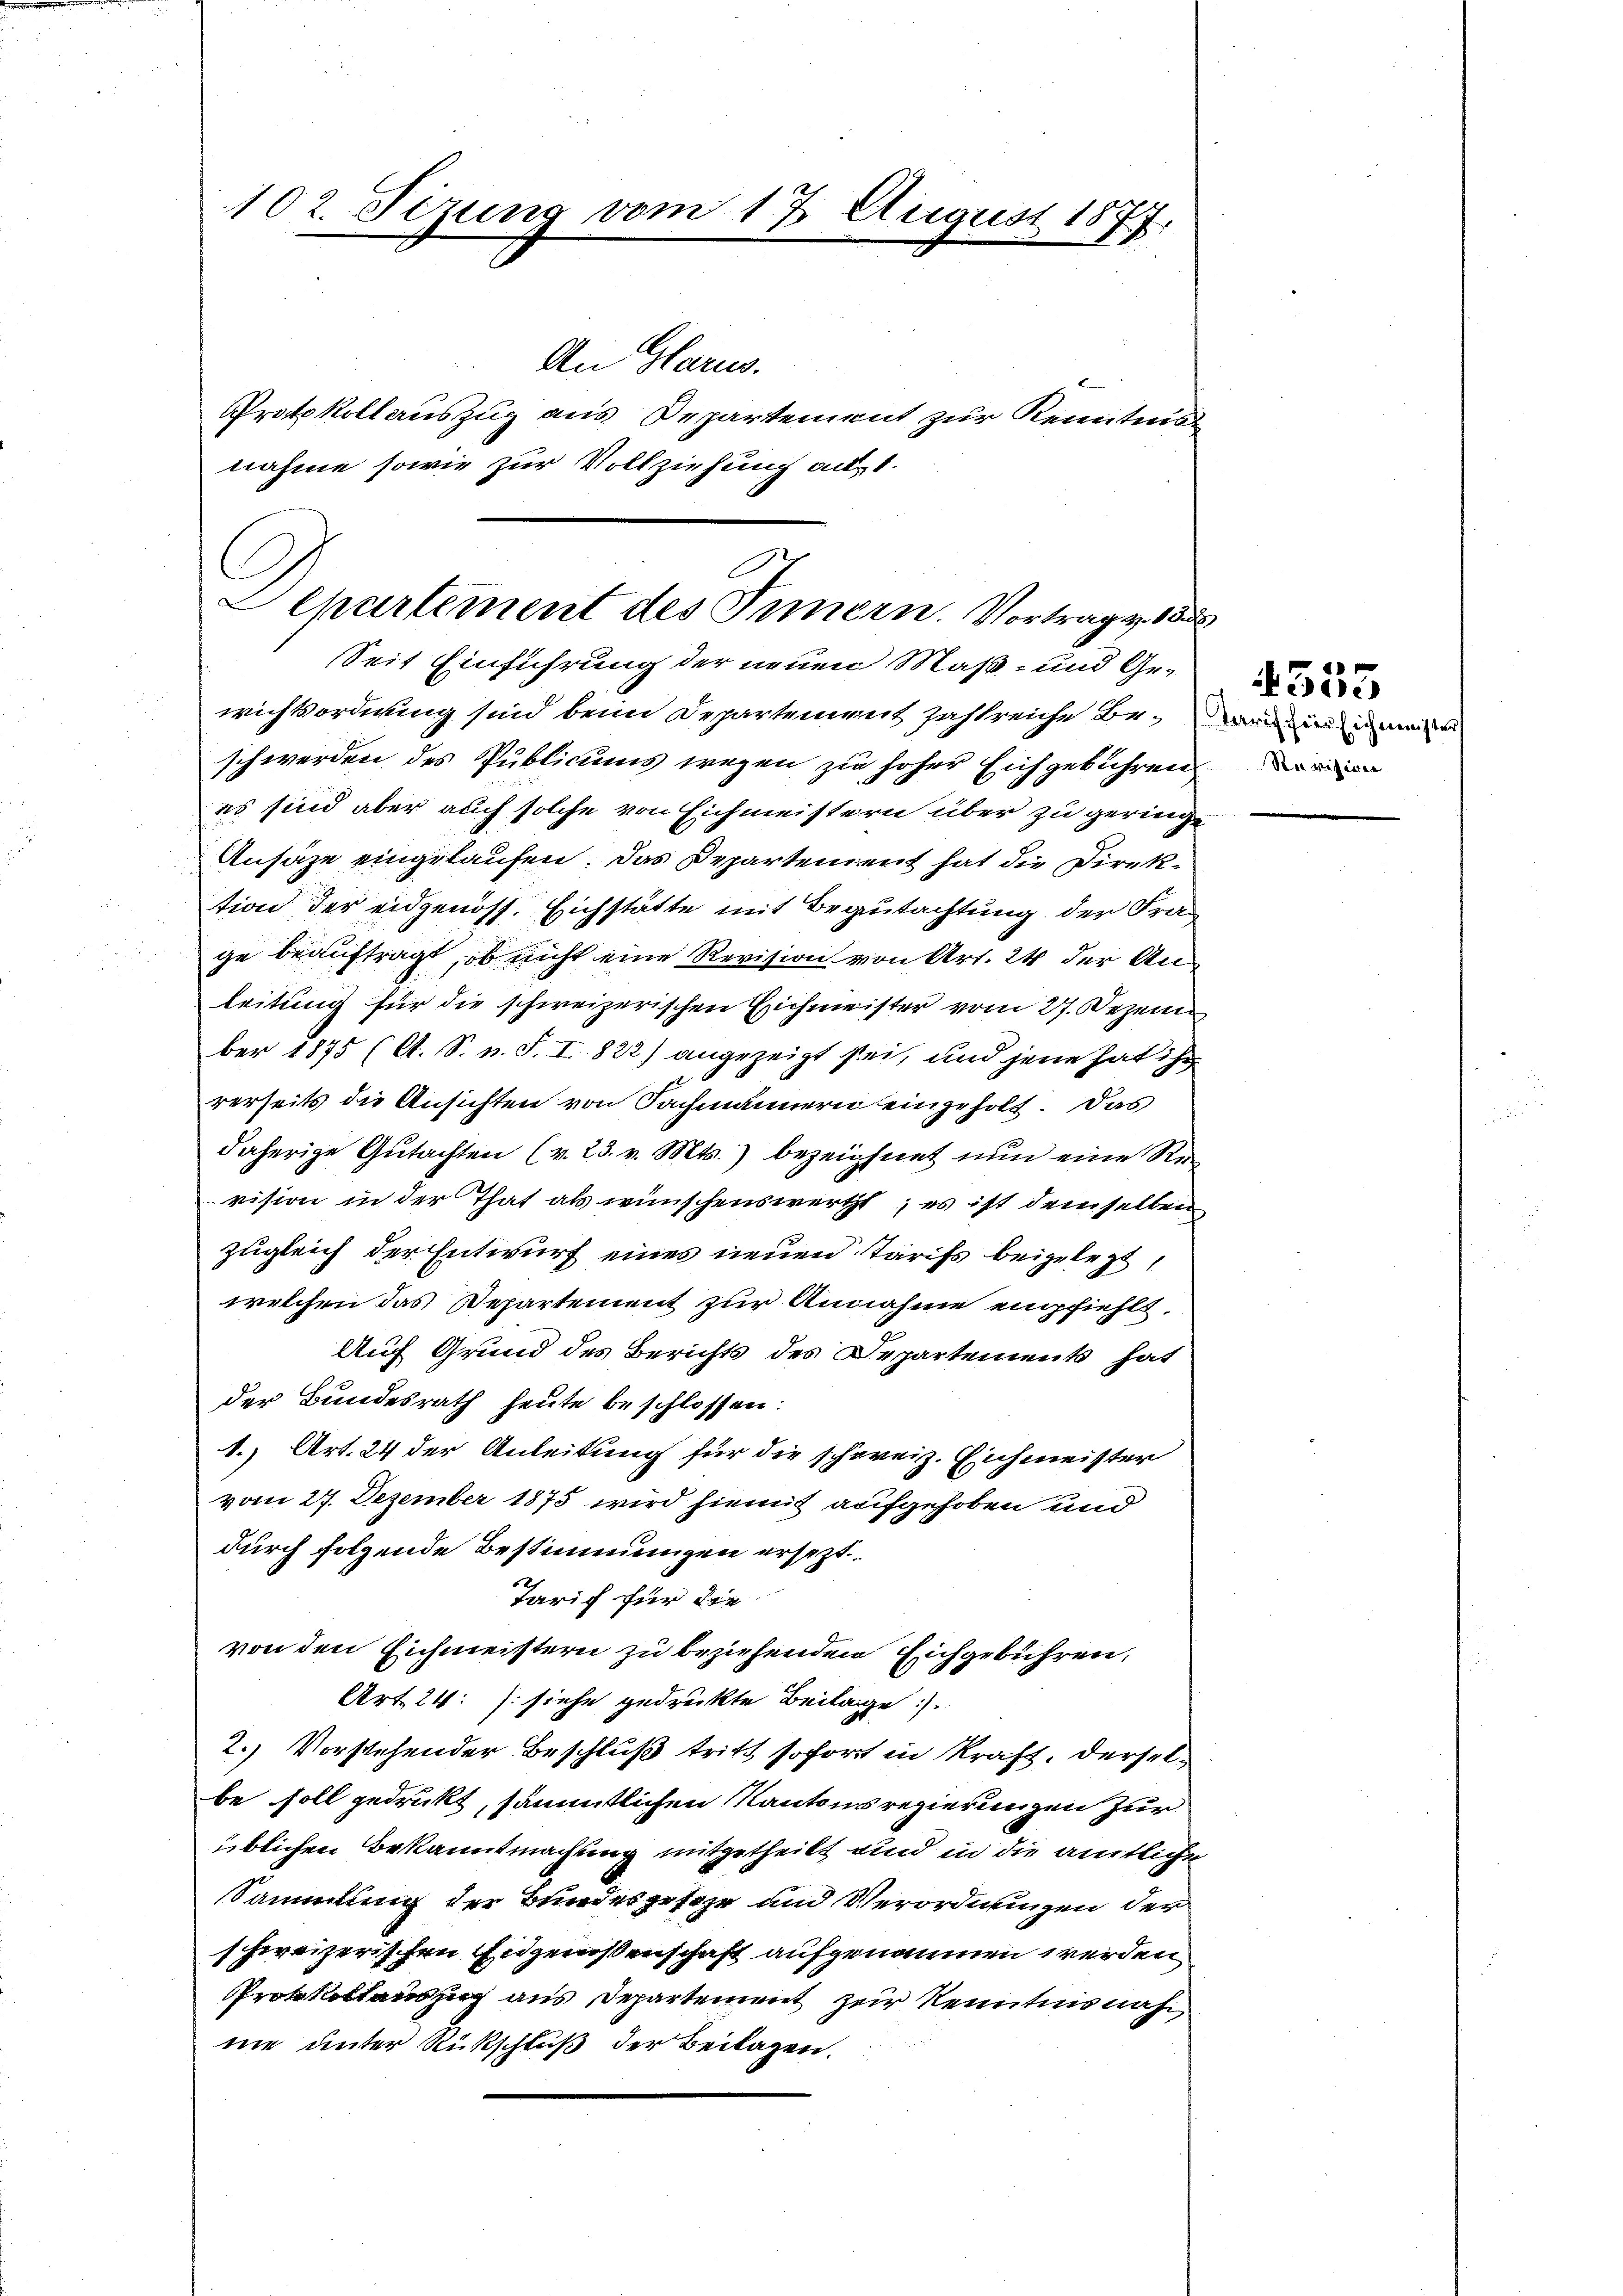
102. Tizung vom 17. August 1877.
An Harus.
Protokoll auszug aus Departement zur Kenntnis
nahme sowie zur Vollziehung ad 1.

Departement des Innern. Vortrag v. 18
Seit Einführung der neuen Maß- und Ge¬

wichtordnung sind beim Departement zahlreiche Beweinen immer
schwerden des Publicums wegen zu hoher Eichgebühren
es sind aber auch solche von Eichmeistern über zu geringe¬
Ansaze eingelaufen: Das Departement hat die Direktion der eidgenoss. Eichstätte mit Begutachtung der Frage beauftragt, ob nicht eine Revision von Art. 24 der Anleitung für die schweizerischen Eichmeister vom 27. Dezem
ber 1875 (A. S. n. F. I. 822) angezeigt sei, und jene hat ihr
rerseits die Ansichten von Fachmännern eingeholt. Das
daherige Gutachten (v. 23. v. Mts. bezeichnet nun eine Revision in der That als wünschenswertht; es ist demselben
zugleich der Entwurf eines neuen Tarifs beigelezt
welchen das Departement zur Annahme empfiehlt.
Auf Grund des Berichts des Departements hat
der Bundesrath heute beschlossen:
1.) Art. 24 der Anleitung für die schweiz. Eichmeister
vom 27. Dezember 1875 wird hiemit aufgehoben und
durch folgende Bestimmungen ersezt.
Tarif für die
von den Eichmeistern zu beziehenden Eichgebühren,
Art. 24: (siehe gedruckte Beilage).
2.) Vorstehender Beschluß tritt sofort in Kraft, derselbe soll gedrukt, sämmtlichen Kantonsregierungen zur
üblichen Bekanntmachung mitgetheilt und in die amtliche
Sammlung der Bundesgeseze und Verordnungen der
schweizerischen Eidgenossenschaft aufgenommen werden,
Protkollauszug aus Departement zur Kenntnis nahnie unter Rückschluß der Beilagen.

Revision

4555